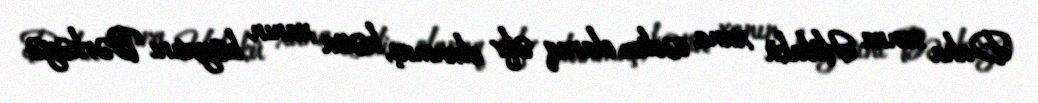
Daha sonra Hülakü xana təslim olaraq əfv olunmuş, hətta xanın həyatını Bərkəyə